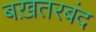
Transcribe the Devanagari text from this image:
बख़तरबंद